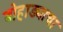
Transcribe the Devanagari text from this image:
बोहाड्याचा